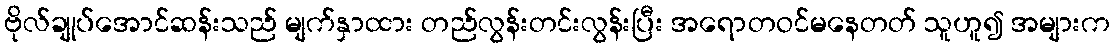
ဗိုလ်ချုပ်အောင်ဆန်းသည် မျက်နှာထား တည်လွန်းတင်းလွန်းပြီး အရောတဝင်မနေတတ် သူဟူ၍ အများက